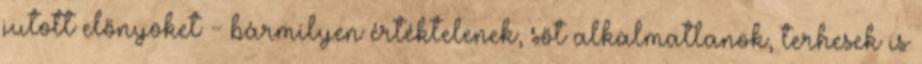
jutott előnyöket - bármilyen értéktelenek, sőt alkalmatlanok, terhesek is